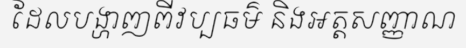
ដែលបង្ហាញពីវប្បធម៌ និងអត្តសញ្ញាណ